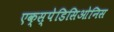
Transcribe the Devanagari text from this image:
एक्स्पेडिसिओनिस